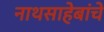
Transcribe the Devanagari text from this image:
नाथसाहेबांचे